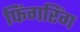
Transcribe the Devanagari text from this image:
फिंगरिंग